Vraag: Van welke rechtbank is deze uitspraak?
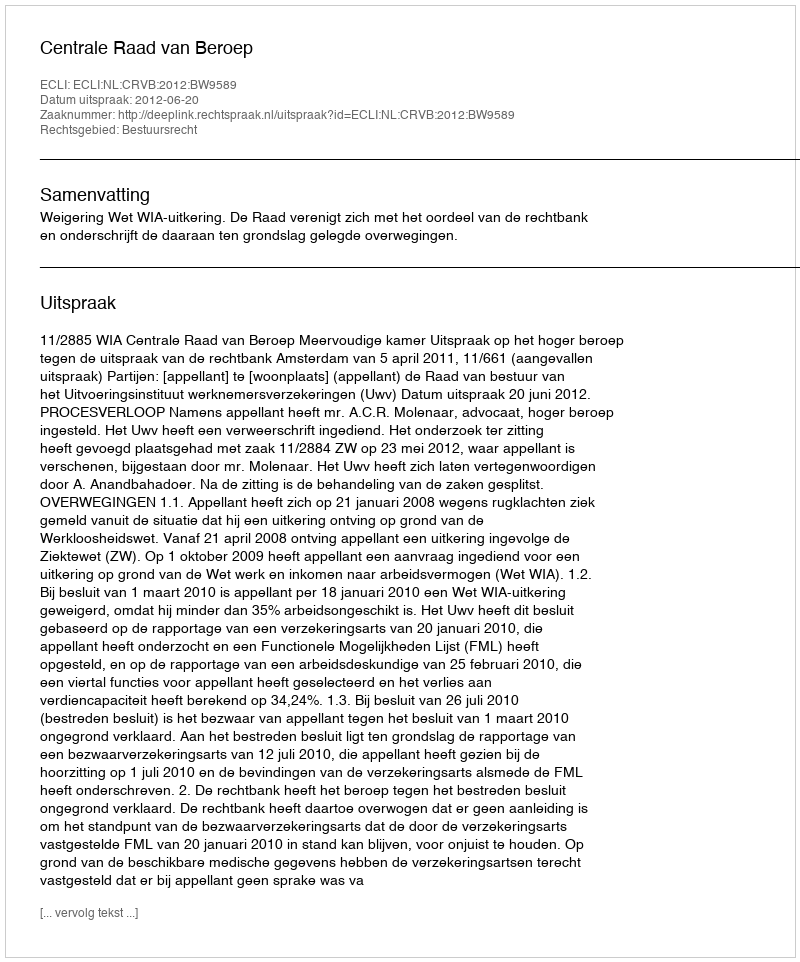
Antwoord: Centrale Raad van Beroep